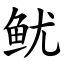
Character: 鱿